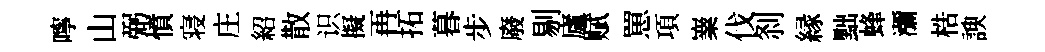
嚀山弼憤寝庄紹散识擬再拓暮步廢剔廬赋罳項嶪伐𠛴縁黜蜂瀰梏諛